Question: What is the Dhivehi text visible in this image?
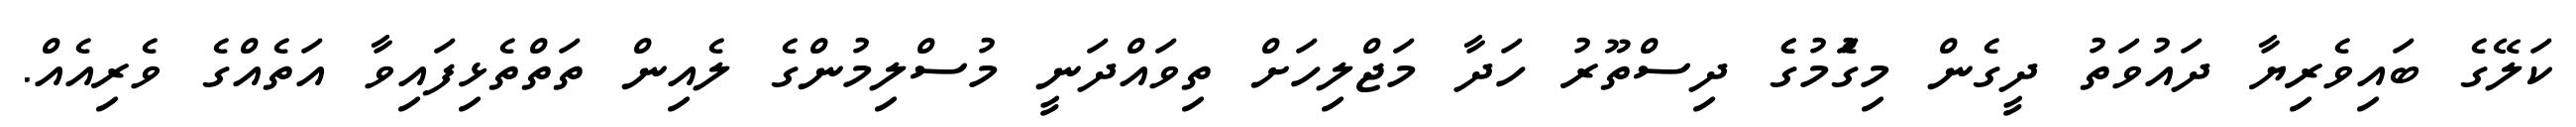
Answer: ކަލޭގެ ބައިވެރިޔާ ދައުވަތު ދީގެން މިގަެުމުގެެ ދިސްތޫރު ހަދާ މަޖްލިހަށް ތިވައްދަނީ މުސްލިމުންގެ ލެއިން ތަތްތެޅިފައިވާ އަތެއްގެ ވެރިއެއް.